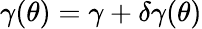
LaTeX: \gamma(\theta)=\gamma+\delta\gamma(\theta)